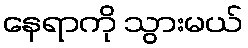
နေရာကို သွားမယ်